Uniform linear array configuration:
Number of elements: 48
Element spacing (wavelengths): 0.75
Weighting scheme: binomial
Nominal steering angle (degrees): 45
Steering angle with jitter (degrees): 45.76
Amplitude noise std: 0.05
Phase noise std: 0.05

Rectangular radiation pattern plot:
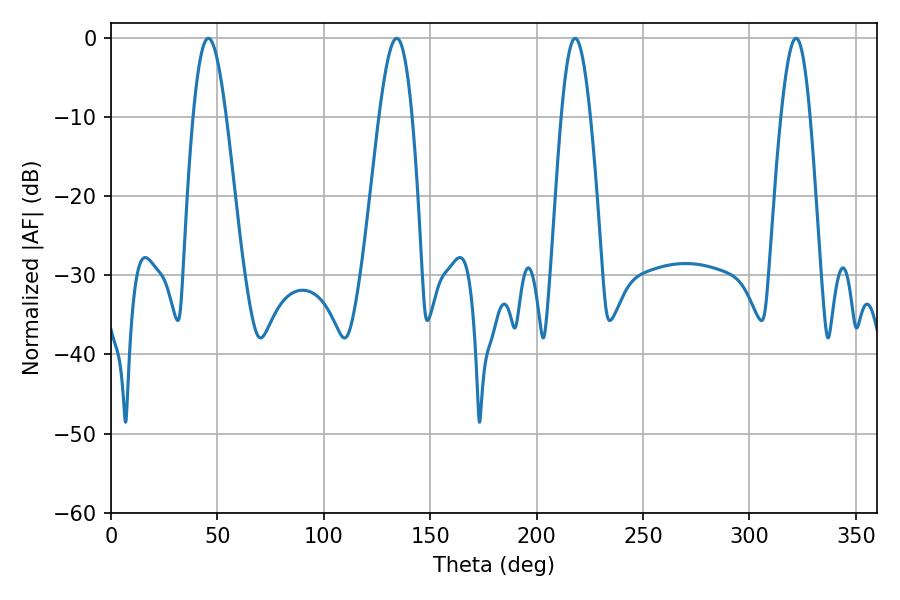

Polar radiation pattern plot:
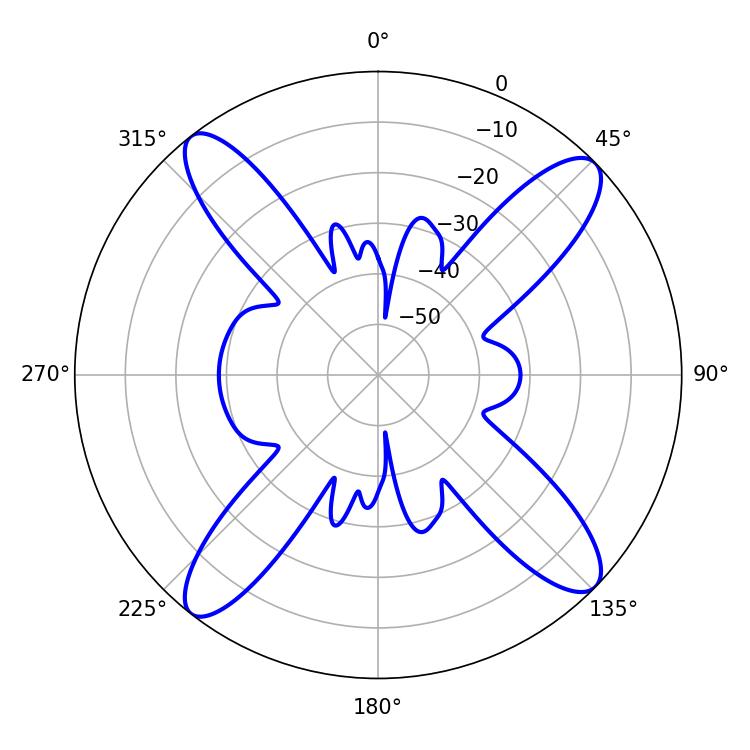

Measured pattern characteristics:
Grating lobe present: TRUE
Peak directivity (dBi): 15.629
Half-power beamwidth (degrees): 8.28
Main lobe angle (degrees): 134.28